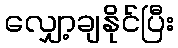
လျှော့ချနိုင်ပြီး